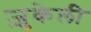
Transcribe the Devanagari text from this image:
ज़ुकेली